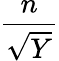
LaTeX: \frac{n}{\sqrt{Y}}